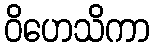
ဝိဟေသိကာ